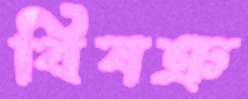
বিষক্র